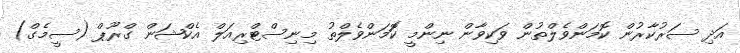
އަދި ސަރުކާރުން ކޮމަންވެލްތުން ވަކިވާން ނިންމީ ކޮަމަންވެލްތު މިނިސްޓްރިއަލް އެކްޝަން ގްރޫޕް (ސީމެގް)